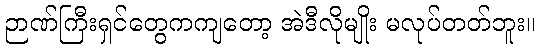
ဉာဏ်ကြီးရှင်တွေကကျတော့ အဲဒီလိုမျိုး မလုပ်တတ်ဘူး။